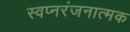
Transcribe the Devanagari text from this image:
स्वप्नरंजनात्मक